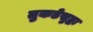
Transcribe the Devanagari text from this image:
तुकडेसुद्धा